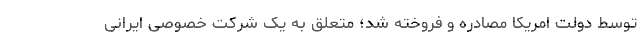
توسط دولت امریکا مصادره و فروخته شد؛ متعلق به یک شرکت خصوصی ایرانی